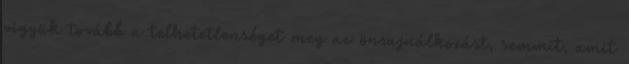
vigyük tovább a telhetetlenséget meg az önsajnálkozást, semmit, amit